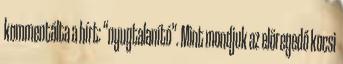
kommentálta a hírt: “nyugtalanító”. Mint mondjuk az elöregedő kocsi